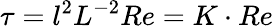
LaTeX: {\tau=l^{2}L^{-2}Re=K\cdot Re}